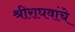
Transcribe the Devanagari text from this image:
श्रीराघवांचे